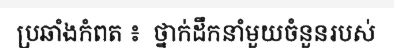
ប្រឆាំងកំពត ៖  ថ្នាក់ដឹកនាំមួយចំនួនរបស់